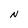
Character: N